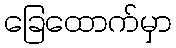
ခြေထောက်မှာ